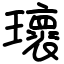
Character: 瓌